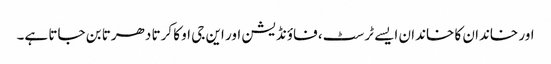
اور خاندان کا خاندان ایسے ٹرسٹ، فاؤنڈیشن اور این جی او کا کرتا دھرتا بن جاتا ہے۔